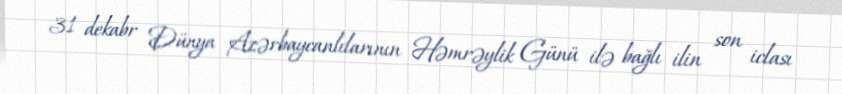
31 dekabr Dünya Azərbaycanlılarının Həmrəylik Günü ilə bağlı ilin son iclası